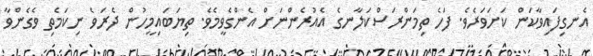
އެނގިފައިވާކަން ކަށަވަރެވެ. ފަހެ ތިމަންރަސްކަލާނގެ އެއުރެންނަށް އެންގެވީމެވެ. ތިޔަބައިމީހުން ދެރަވެ ނިކަމެތި ވެގެންވާ